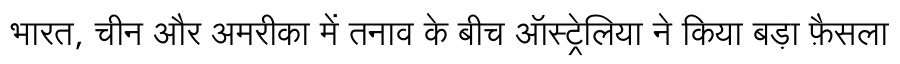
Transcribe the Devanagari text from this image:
भारत, चीन और अमरीका में तनाव के बीच ऑस्ट्रेलिया ने किया बड़ा फ़ैसला